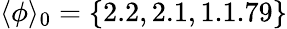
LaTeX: \langle\phi\rangle_{0}=\{ 2.2,2.1,1.1.79\}